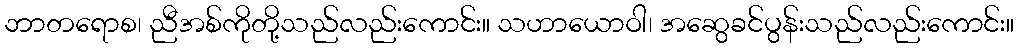
ဘာတရောစ၊ ညီအစ်ကိုတို့သည်လည်းကောင်း။ သဟာယောဝါ၊ အဆွေခင်ပွန်းသည်လည်းကောင်း။